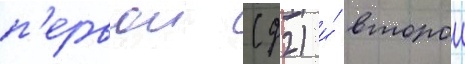
п'ервои (д2) и́ второи